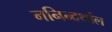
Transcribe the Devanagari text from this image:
ननिन्दर्थाल